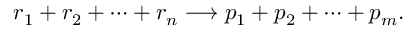
r _ { 1 } + r _ { 2 } + \cdots + r _ { n } \longrightarrow p _ { 1 } + p _ { 2 } + \cdots + p _ { m } .